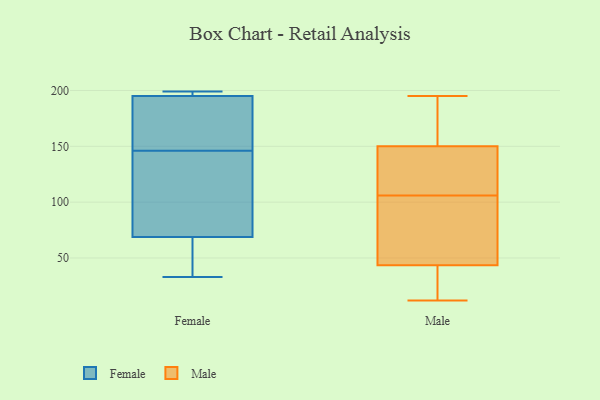
{"axis": {"x": "Latency (ms)", "y": "Value"}, "legend": ["Female", "Male"], "data": [{"x": "", "y": 145, "type": "Female"}, {"x": "", "y": 195, "type": "Female"}, {"x": "", "y": 44, "type": "Female"}, {"x": "", "y": 195, "type": "Female"}, {"x": "", "y": 36, "type": "Female"}, {"x": "", "y": 168, "type": "Female"}, {"x": "", "y": 77, "type": "Female"}, {"x": "", "y": 146, "type": "Female"}, {"x": "", "y": 142, "type": "Female"}, {"x": "", "y": 33, "type": "Female"}, {"x": "", "y": 197, "type": "Female"}, {"x": "", "y": 166, "type": "Female"}, {"x": "", "y": 199, "type": "Female"}, {"x": "", "y": 30, "type": "Male"}, {"x": "", "y": 71, "type": "Male"}, {"x": "", "y": 52, "type": "Male"}, {"x": "", "y": 15, "type": "Male"}, {"x": "", "y": 160, "type": "Male"}, {"x": "", "y": 152, "type": "Male"}, {"x": "", "y": 12, "type": "Male"}, {"x": "", "y": 195, "type": "Male"}, {"x": "", "y": 34, "type": "Male"}, {"x": "", "y": 35, "type": "Male"}, {"x": "", "y": 165, "type": "Male"}, {"x": "", "y": 109, "type": "Male"}, {"x": "", "y": 147, "type": "Male"}, {"x": "", "y": 87, "type": "Male"}, {"x": "", "y": 188, "type": "Male"}, {"x": "", "y": 109, "type": "Male"}, {"x": "", "y": 72, "type": "Male"}, {"x": "", "y": 148, "type": "Male"}, {"x": "", "y": 127, "type": "Male"}, {"x": "", "y": 103, "type": "Male"}]}